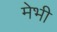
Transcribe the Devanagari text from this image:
मेभी